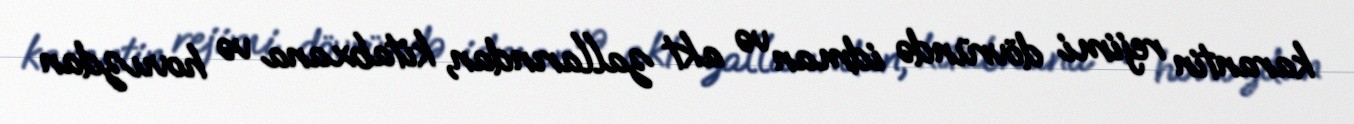
karantin rejimi dövründə idman və akt zallarından, kitabxana və hovuzdan